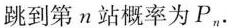
跳到第n站概率为P_{n} .